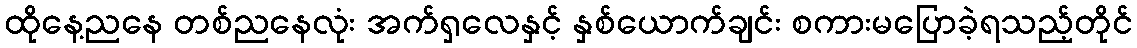
ထိုနေ့ညနေ တစ်ညနေလုံး အက်ရှလေနှင့် နှစ်ယောက်ချင်း စကားမပြောခဲ့ရသည့်တိုင်